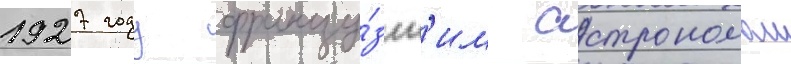
1927 году францу́зск'им астрономом